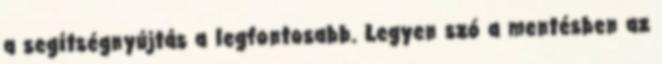
a segítségnyújtás a legfontosabb. Legyen szó a mentésben az